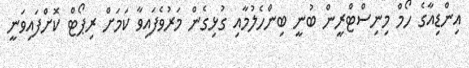
އިންޑިއާގެ ހޯމް މިނިސްޓްރީން ބުނީ ބިންހެލުމާއި ގުޅިގެން މަރުވެފައިވާ ކަމަށް ރިޕޯޓް ކޮށްފައިވަނީ